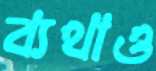
ব্যথাও